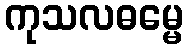
ကုသလဓမ္မေ